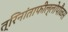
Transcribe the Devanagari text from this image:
त्रिनांताफील्लोपौळस